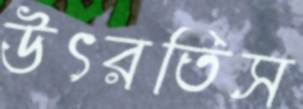
উৎরতিস